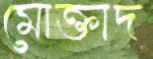
মোক্তাদ